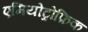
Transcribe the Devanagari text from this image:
एमियोट्रोफ़िक